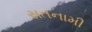
સતનામી